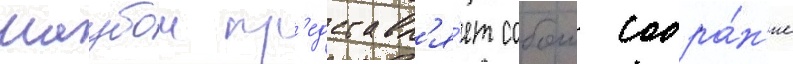
маубои пр'едставл'я́ет собои собра́н'ие